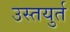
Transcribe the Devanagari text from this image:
उस्तयुर्त